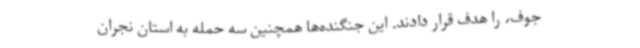
جوف، را هدف قرار دادند. این جنگنده‌ها همچنین سه حمله به استان نجران